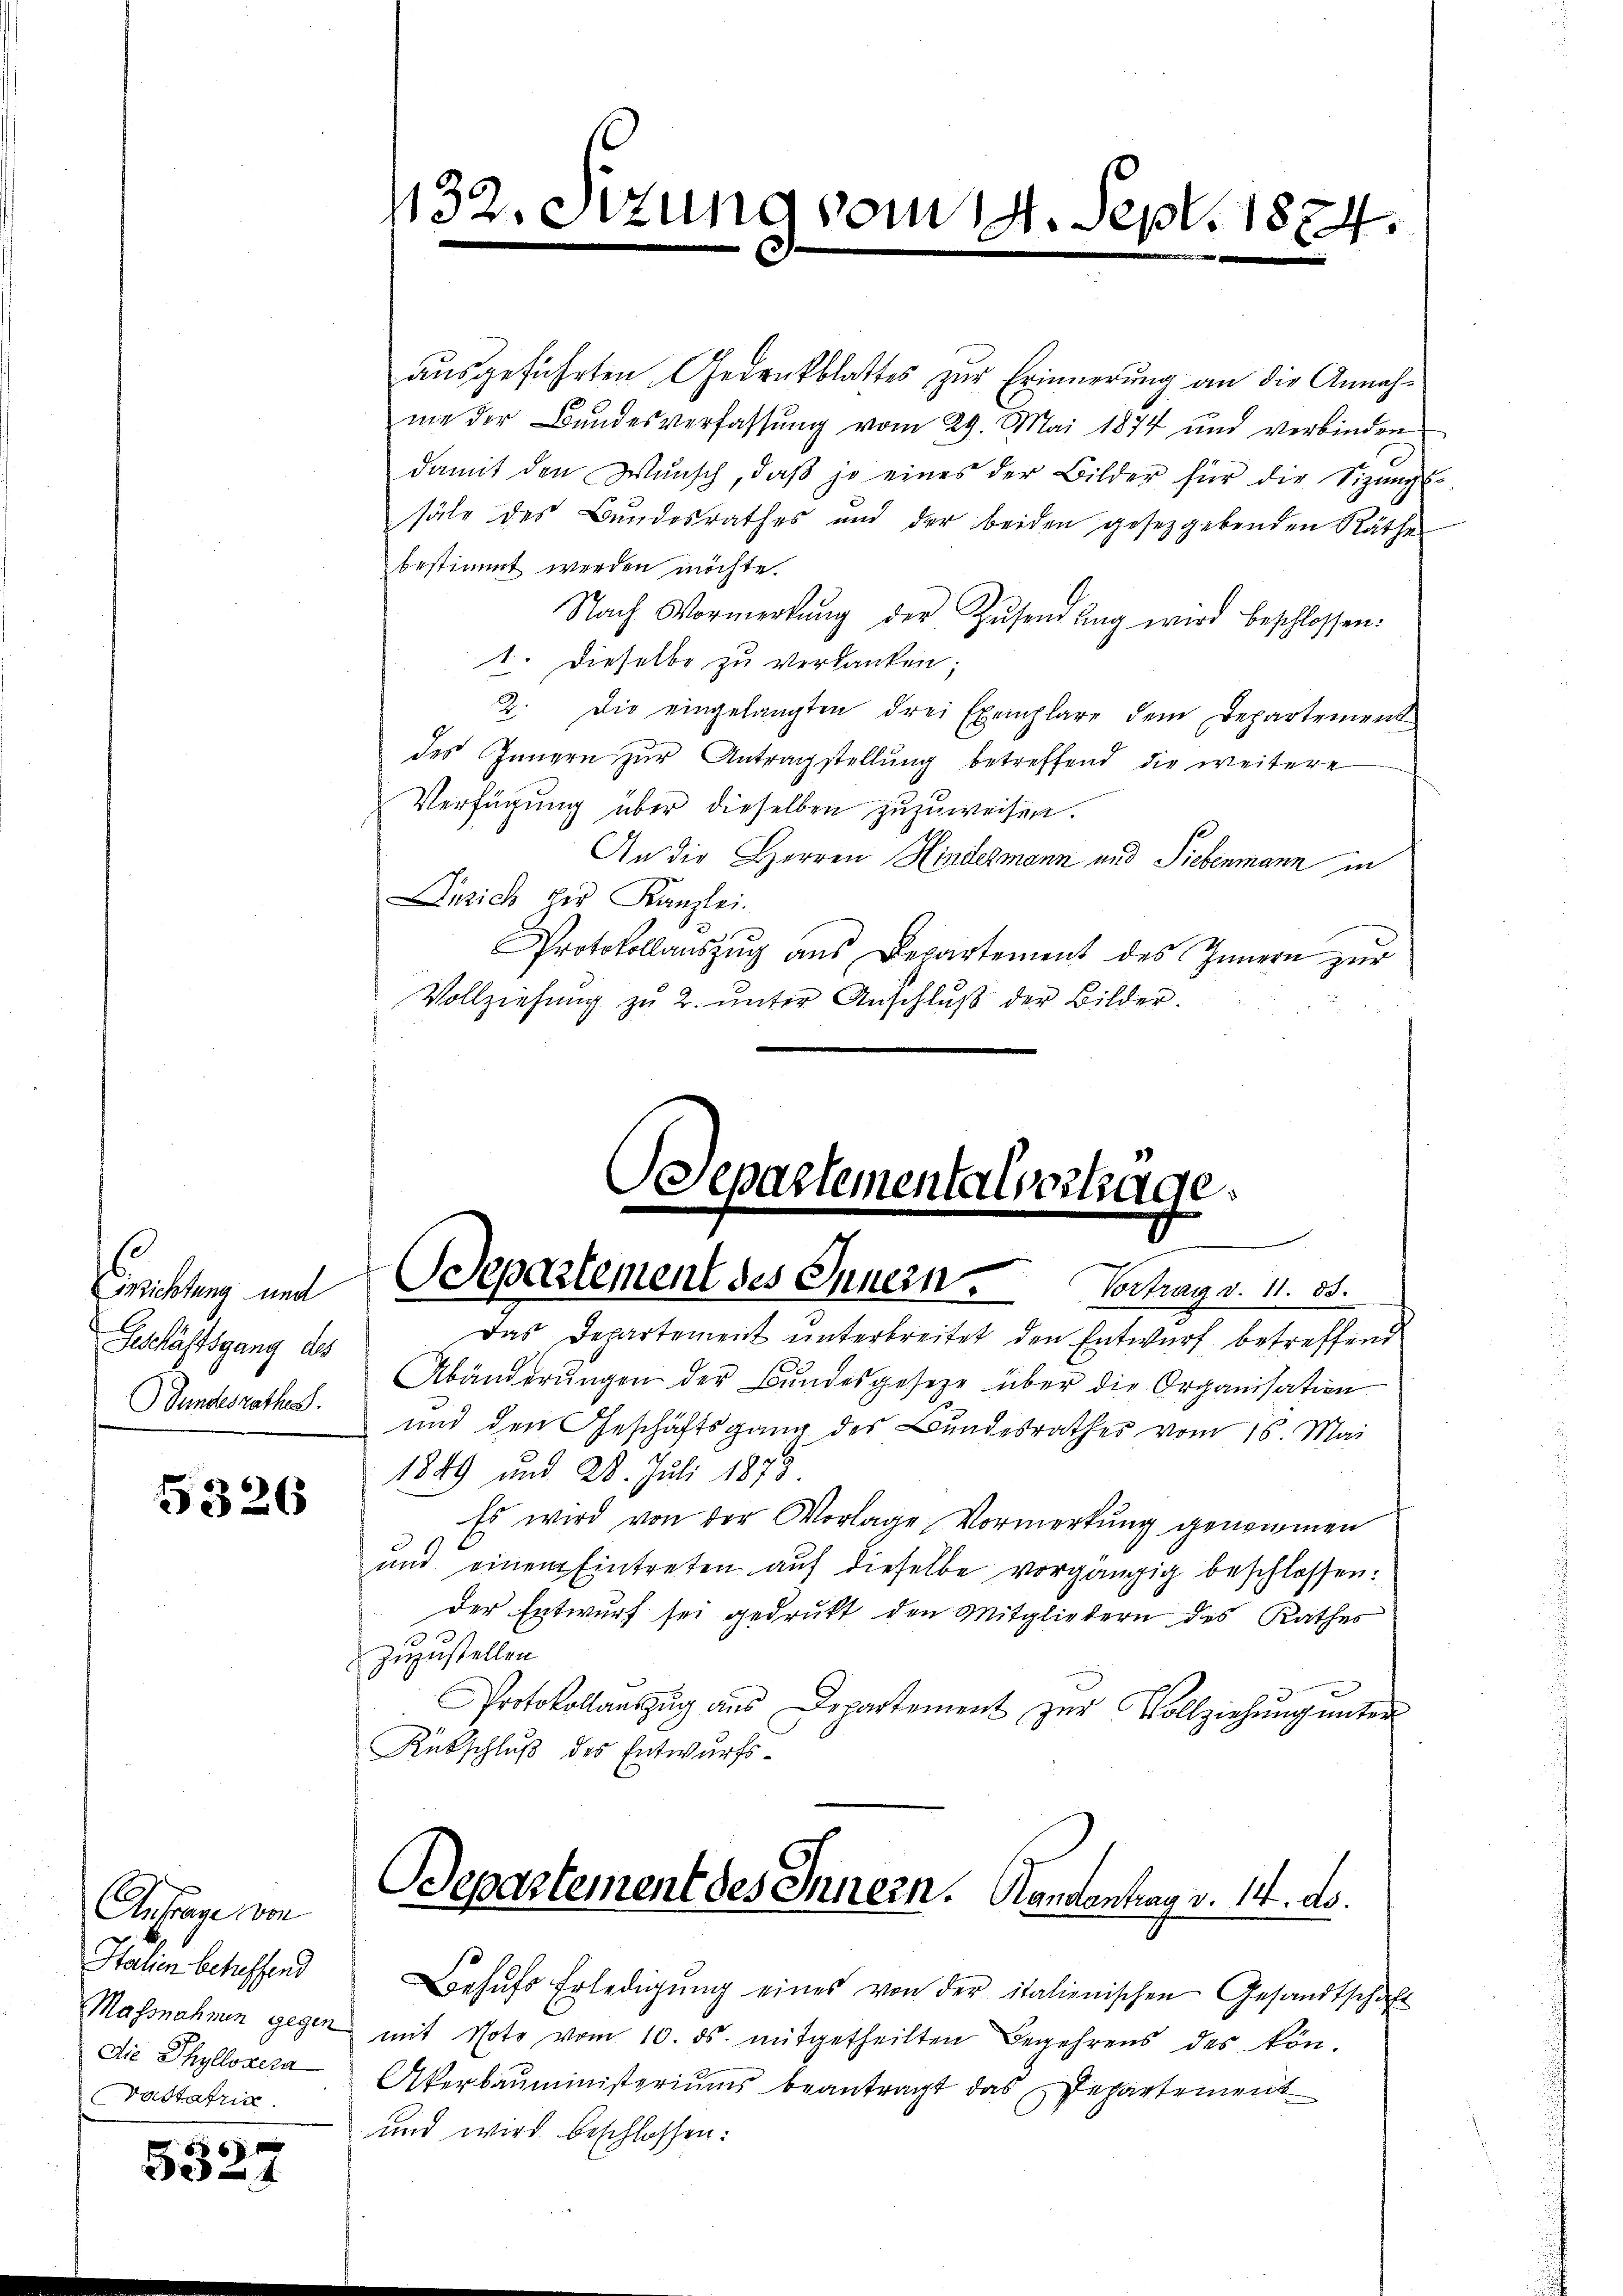
Erichtung unt
Geschäftsgang des
Gundesrathes.

5326

Anfrage von
Italien betreffend
Massnahmen gegen
Die Phyllosera
Vastatria

5327

132. Sizung vom 14. Sept. 1874.

ausgeführten Gedrückblattes zur Erinnerung an die Annahme der Bundesverfassung vom 29. Mai 1874 und verbinden
damit den Wŭnsch, daβ je eines der Bilder für die Sizungs-
säle des Bundesrathes und der beiden gesetzgebenden Räthes
bestimmt werden möchte.
Nach Vormerkŭng der Zŭsendŭng wird beschlossen:
1. Dieselbe zu verdanken;
2. Die eingelangten drei Exemplare dem Departement
des Jungen zur Antragstellung betreffend die weitere
Verfügung über dieselben zuzuweisen.
An die Herren Hindermann und Siebenmann in
Dusich der Kanzlei.
Protokollaŭszŭg ans Departement des Innern zur
Vollziehung zu 2. unter Anschluß der Bilder.

departementalvertrage.
e
Odepartement des Innern. Vortrag v. 11. 85.

Das Departement unterbreitet den Entwurf betreffend
Abänderŭngen der Bŭndesgesetze über die Organisation
und den Geschäftsgang des Bundesrathes vom 16. Mai
1849 und 28. Juli 1875
Es wird von der Vorlage Vormerkung genommen
und einem Eintreten auf dieselbe vorgängig beschlossen:
Der Entwurf sei gedrukt den Mitgliedern des Rathes
zuzustellen
Protokollauszug aus Departement zur Vollziehung unter
Rükschluß des Entwurfs¬
DDepartement des Innern. Handentrag v. 14. ds.
Lehŭfs Erledigŭng eines von der italienischen Gesandtschaft
mit Note vom 10. ds. mitgetheilten Begehrens des kön¬
Akerbauministeriums beantragt das Departement
und wird beschlossen: